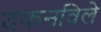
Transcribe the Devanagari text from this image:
दफनविले